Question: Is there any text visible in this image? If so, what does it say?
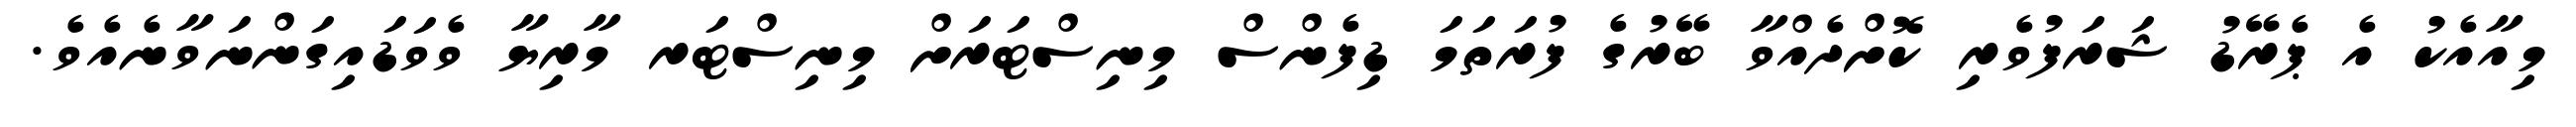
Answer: މިއާއެކު އެ ޕެރޭޑު ޝަރަފުވެރި ކޮށްދެއްވާ ބޭރުގެ ފުރަތަމަ ޑިފެންސް މިނިސްޓަރަށް މިނިސްޓަރ މާރިޔާ ވެވަޑައިގަންނަވާނެއެވެ.